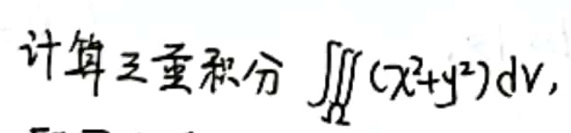
计算三重积分 \(\iiint_{\Omega}(x^{2}+y^{2}) \mathrm{d}V\)，